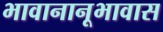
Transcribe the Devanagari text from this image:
भावानानूभावास